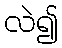
လဲ၍